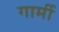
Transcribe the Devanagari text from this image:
गार्मी